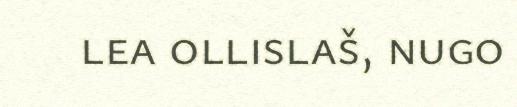
lea ollislaš, nugo